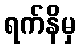
ရက်နိမှ